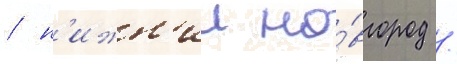
/ н'ижн'ии но́вгород /